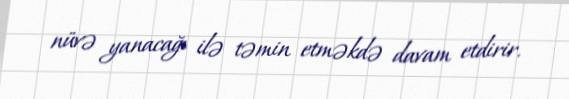
nüvə yanacağı ilə təmin etməkdə davam etdirir.